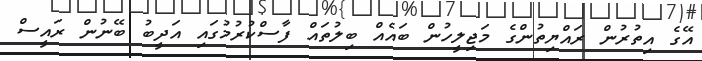
އޭގެ އިތުރުން ރައްޔިތުންގެ މަޖިލީހުން ބައެއް ބިލުތައް ފާސްކުރުމުގައި އަދީބު ބޭނުން ރައީސް